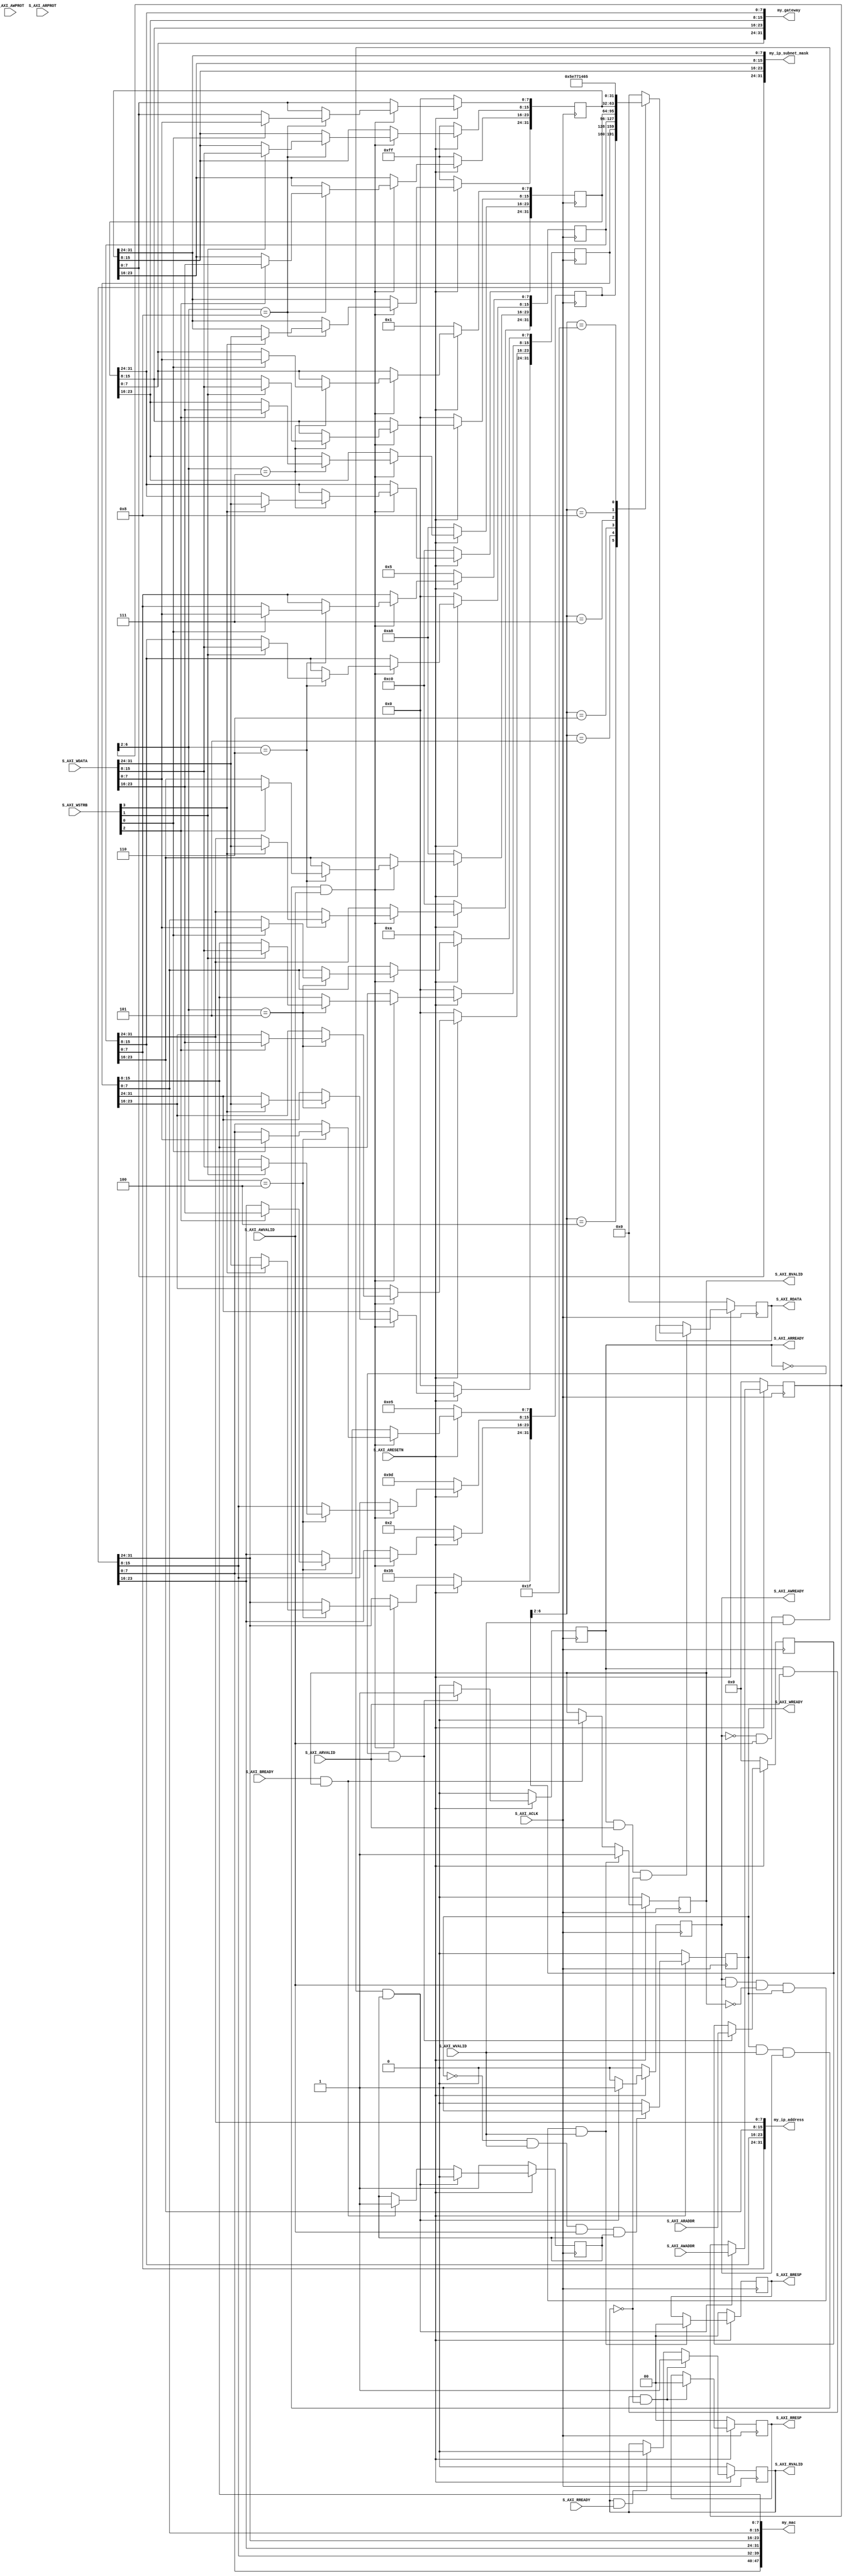
module interface_settings #(
    parameter integer MAC_16MSB = 32'h000A,         // Xilinx MAC
    parameter integer MAC_32LBS = 32'h35029DE5,     // Xilinx MAC
    parameter integer IP_ADDR   = 32'hC0A80005,     // 192.168.0.5
    parameter integer GT        = 32'hC0A80001,     // 192.168.0.1
    parameter integer MASK      = 32'hFFFFFF00,     // 255.255.255.0
    // Do not modify the parameters beyond this line
    // Width of S_AXI data bus
    localparam integer C_S_AXI_DATA_WIDTH   = 32,
    // Width of S_AXI address bus
    localparam integer C_S_AXI_ADDR_WIDTH   = 7)(
    
    // Global Clock Signal
(* X_INTERFACE_INFO = "xilinx.com:signal:clock:1.0 S_AXI_ACLK CLK" *)
(* X_INTERFACE_PARAMETER = "ASSOCIATED_BUSIF S_AXI, ASSOCIATED_RESET S_AXI_ARESETN" *)
    input  wire                                 S_AXI_ACLK   ,
(* X_INTERFACE_INFO = "xilinx.com:signal:reset:1.0 S_AXI_ARESETN RST" *)
(* X_INTERFACE_PARAMETER = "POLARITY ACTIVE_LOW" *) 
    // Global Reset Signal. This Signal is Active LOW
    input  wire                                 S_AXI_ARESETN,
    // Write address (issued by master, acceped by Slave)
    input wire [C_S_AXI_ADDR_WIDTH-1 : 0]       S_AXI_AWADDR,
    // Write channel Protection type. This signal indicates the
    // privilege and security level of the transaction, and whether
    // the transaction is a data access or an instruction access.
    input wire [2 : 0]                          S_AXI_AWPROT,
    // Write address valid. This signal indicates that the master signaling
    // valid write address and control information.
    input wire                                  S_AXI_AWVALID,
    // Write address ready. This signal indicates that the slave is ready
    // to accept an address and associated control signals.
    output wire                                 S_AXI_AWREADY,
    // Write data (issued by master, acceped by Slave) 
    input wire [C_S_AXI_DATA_WIDTH-1 : 0]       S_AXI_WDATA,
    // Write strobes. This signal indicates which byte lanes hold
    // valid data. There is one write strobe bit for each eight
    // bits of the write data bus.    
    input wire [(C_S_AXI_DATA_WIDTH/8)-1 : 0]   S_AXI_WSTRB,
    // Write valid. This signal indicates that valid write
    // data and strobes are available.
    input wire                                  S_AXI_WVALID,
    // Write ready. This signal indicates that the slave
    // can accept the write data.
    output wire                                 S_AXI_WREADY,
    // Write response. This signal indicates the status
    // of the write transaction.
    output wire [1 : 0]                         S_AXI_BRESP,
    // Write response valid. This signal indicates that the channel
    // is signaling a valid write response.
    output wire                                 S_AXI_BVALID,
    // Response ready. This signal indicates that the master
    // can accept a write response.
    input wire                                  S_AXI_BREADY,
    // Read address (issued by master, acceped by Slave)
    input wire [C_S_AXI_ADDR_WIDTH-1 : 0]       S_AXI_ARADDR,
    // Protection type. This signal indicates the privilege
    // and security level of the transaction, and whether the
    // transaction is a data access or an instruction access.
    input wire [2 : 0]                          S_AXI_ARPROT,
    // Read address valid. This signal indicates that the channel
    // is signaling valid read address and control information.
    input wire                                  S_AXI_ARVALID,
    // Read address ready. This signal indicates that the slave is
    // ready to accept an address and associated control signals.
    output wire                                 S_AXI_ARREADY,
    // Read data (issued by slave)
    output wire [C_S_AXI_DATA_WIDTH-1 : 0]      S_AXI_RDATA,
    // Read response. This signal indicates the status of the
    // read transfer.
    output wire [1 : 0]                         S_AXI_RRESP,
    // Read valid. This signal indicates that the channel is
    // signaling the required read data.
    output wire                                 S_AXI_RVALID,
    // Read ready. This signal indicates that the master can
    // accept the read data and response information.
    input wire                                  S_AXI_RREADY,

    output wire                 [31 : 0]        my_ip_address,
    output wire                 [31 : 0]        my_ip_subnet_mask,
    output wire                 [31 : 0]        my_gateway,
    output wire                 [47 : 0]        my_mac
);

    // AXI4LITE signals
    reg [C_S_AXI_ADDR_WIDTH-1 : 0]  axi_awaddr;
    reg                             axi_awready;
    reg                             axi_wready;
    reg [1 : 0]                     axi_bresp;
    reg                             axi_bvalid;
    reg [C_S_AXI_ADDR_WIDTH-1 : 0]  axi_araddr;
    reg                             axi_arready;
    reg [C_S_AXI_DATA_WIDTH-1 : 0]  axi_rdata;
    reg [1 : 0]                     axi_rresp;
    reg                             axi_rvalid;

    // Example-specific design signals
    // local parameter for addressing 32 bit / 64 bit C_S_AXI_DATA_WIDTH
    // ADDR_LSB is used for addressing 32/64 bit registers/memories
    // ADDR_LSB = 2 for 32 bits (n downto 2)
    // ADDR_LSB = 3 for 64 bits (n downto 3)
    localparam integer ADDR_LSB = (C_S_AXI_DATA_WIDTH/32) + 1;
    localparam integer OPT_MEM_ADDR_BITS = 4;
    //----------------------------------------------
    //-- Signals for user logic register space example
    //------------------------------------------------
    //-- Number of Slave Registers 32

    
    reg [C_S_AXI_DATA_WIDTH-1:0]    mac_address_msb = MAC_16MSB;
    reg [C_S_AXI_DATA_WIDTH-1:0]    mac_address_lsb = MAC_32LBS;
    reg [C_S_AXI_DATA_WIDTH-1:0]    ip_address      = IP_ADDR;
    reg [C_S_AXI_DATA_WIDTH-1:0]    gateway         = GT;
    reg [C_S_AXI_DATA_WIDTH-1:0]    ip_mask         = MASK;
    wire     slv_reg_rden;
    wire     slv_reg_wren;
    reg [C_S_AXI_DATA_WIDTH-1:0]     reg_data_out;
    integer  byte_index;
    reg  aw_en;

    // I/O Connections assignments

    assign S_AXI_AWREADY    = axi_awready;
    assign S_AXI_WREADY = axi_wready;
    assign S_AXI_BRESP  = axi_bresp;
    assign S_AXI_BVALID = axi_bvalid;
    assign S_AXI_ARREADY    = axi_arready;
    assign S_AXI_RDATA  = axi_rdata;
    assign S_AXI_RRESP  = axi_rresp;
    assign S_AXI_RVALID = axi_rvalid;
    // Implement axi_awready generation
    // axi_awready is asserted for one S_AXI_ACLK clock cycle when both
    // S_AXI_AWVALID and S_AXI_WVALID are asserted. axi_awready is
    // de-asserted when reset is low.

    always @( posedge S_AXI_ACLK ) begin
        if ( S_AXI_ARESETN == 1'b0 ) begin
            axi_awready <= 1'b0;
            aw_en <= 1'b1;
        end 
        else begin    
            if (~axi_awready && S_AXI_AWVALID && S_AXI_WVALID && aw_en) begin
                // slave is ready to accept write address when 
                // there is a valid write address and write data
                // on the write address and data bus. This design 
                // expects no outstanding transactions. 
                axi_awready <= 1'b1;
                aw_en <= 1'b0;
            end
            else if (S_AXI_BREADY && axi_bvalid) begin
                aw_en <= 1'b1;
                axi_awready <= 1'b0;
            end
            else begin
                axi_awready <= 1'b0;
            end
        end 
    end

    // Implement axi_awaddr latching
    // This process is used to latch the address when both 
    // S_AXI_AWVALID and S_AXI_WVALID are valid. 
    always @( posedge S_AXI_ACLK ) begin
        if ( S_AXI_ARESETN == 1'b0 ) begin
            axi_awaddr <= 0;
        end 
        else begin    
            if (~axi_awready && S_AXI_AWVALID && S_AXI_WVALID && aw_en) begin
                // Write Address latching 
                axi_awaddr <= S_AXI_AWADDR;
            end
        end 
    end

    // Implement axi_wready generation
    // axi_wready is asserted for one S_AXI_ACLK clock cycle when both
    // S_AXI_AWVALID and S_AXI_WVALID are asserted. axi_wready is 
    // de-asserted when reset is low. 
    always @( posedge S_AXI_ACLK ) begin
        if ( S_AXI_ARESETN == 1'b0 )begin
            axi_wready <= 1'b0;
        end 
        else begin    
            if (~axi_wready && S_AXI_WVALID && S_AXI_AWVALID && aw_en ) begin
                // slave is ready to accept write data when 
                // there is a valid write address and write data
                // on the write address and data bus. This design 
                // expects no outstanding transactions. 
                axi_wready <= 1'b1;
            end
            else begin
                axi_wready <= 1'b0;
            end
        end 
    end

    // Implement memory mapped register select and write logic generation
    // The write data is accepted and written to memory mapped registers when
    // axi_awready, S_AXI_WVALID, axi_wready and S_AXI_WVALID are asserted. Write strobes are used to
    // select byte enables of slave registers while writing.
    // These registers are cleared when reset (active low) is applied.
    // Slave register write enable is asserted when valid address and data are available
    // and the slave is ready to accept the write address and write data.
    assign slv_reg_wren = axi_wready && S_AXI_WVALID && axi_awready && S_AXI_AWVALID;

    always @( posedge S_AXI_ACLK ) begin
        if ( S_AXI_ARESETN == 1'b0) begin
            mac_address_msb   <= MAC_16MSB;
            mac_address_lsb   <= MAC_32LBS;
            ip_address        <= IP_ADDR;
            gateway           <= GT;
            ip_mask           <= MASK;
        end 
        else begin
            if (slv_reg_wren) begin
                case ( axi_awaddr[ADDR_LSB+OPT_MEM_ADDR_BITS:ADDR_LSB] )
                    5'h04:
                        for ( byte_index = 0; byte_index <= (C_S_AXI_DATA_WIDTH/8)-1; byte_index = byte_index+1 )
                            if ( S_AXI_WSTRB[byte_index] == 1 ) begin
                                // Respective byte enables are asserted as per write strobes 
                                // Slave register 0
                                mac_address_lsb[(byte_index*8) +: 8] <= S_AXI_WDATA[(byte_index*8) +: 8];
                    end  
                    5'h05:
                        for ( byte_index = 0; byte_index <= (C_S_AXI_DATA_WIDTH/8)-1; byte_index = byte_index+1 )
                            if ( S_AXI_WSTRB[byte_index] == 1 ) begin
                                // Respective byte enables are asserted as per write strobes 
                                // Slave register 1
                                mac_address_msb[(byte_index*8) +: 8] <= S_AXI_WDATA[(byte_index*8) +: 8];
                    end  
                    5'h06:
                        for ( byte_index = 0; byte_index <= (C_S_AXI_DATA_WIDTH/8)-1; byte_index = byte_index+1 )
                            if ( S_AXI_WSTRB[byte_index] == 1 ) begin
                                // Respective byte enables are asserted as per write strobes 
                                // Slave register 2
                                ip_address[(byte_index*8) +: 8] <= S_AXI_WDATA[(byte_index*8) +: 8];
                    end  
                    5'h07:
                        for ( byte_index = 0; byte_index <= (C_S_AXI_DATA_WIDTH/8)-1; byte_index = byte_index+1 )
                            if ( S_AXI_WSTRB[byte_index] == 1 ) begin
                                // Respective byte enables are asserted as per write strobes 
                                // Slave register 3
                                gateway[(byte_index*8) +: 8] <= S_AXI_WDATA[(byte_index*8) +: 8];
                    end  
                    5'h08:
                        for ( byte_index = 0; byte_index <= (C_S_AXI_DATA_WIDTH/8)-1; byte_index = byte_index+1 )
                            if ( S_AXI_WSTRB[byte_index] == 1 ) begin
                                // Respective byte enables are asserted as per write strobes 
                                // Slave register 4
                                ip_mask[(byte_index*8) +: 8] <= S_AXI_WDATA[(byte_index*8) +: 8];
                    end  
                    default : begin
                        mac_address_msb <= mac_address_msb;
                        mac_address_lsb <= mac_address_lsb;
                        ip_address <= ip_address;
                        gateway <= gateway;
                        ip_mask <= ip_mask;
                    end
                endcase
            end
      end
    end

    // Implement write response logic generation
    // The write response and response valid signals are asserted by the slave 
    // when axi_wready, S_AXI_WVALID, axi_wready and S_AXI_WVALID are asserted.  
    // This marks the acceptance of address and indicates the status of 
    // write transaction.
    always @( posedge S_AXI_ACLK ) begin
        if ( S_AXI_ARESETN == 1'b0 ) begin
            axi_bvalid  <= 0;
            axi_bresp   <= 2'b0;
        end 
        else begin    
            if (axi_awready && S_AXI_AWVALID && ~axi_bvalid && axi_wready && S_AXI_WVALID) begin
                // indicates a valid write response is available
                axi_bvalid <= 1'b1;
                axi_bresp  <= 2'b0; // 'OKAY' response 
            end                   // work error responses in future
            else begin
                if (S_AXI_BREADY && axi_bvalid) begin
                    //check if bready is asserted while bvalid is high) 
                    //(there is a possibility that bready is always asserted high)   
                    axi_bvalid <= 1'b0; 
                end  
            end
        end
    end   

    // Implement axi_arready generation
    // axi_arready is asserted for one S_AXI_ACLK clock cycle when
    // S_AXI_ARVALID is asserted. axi_awready is 
    // de-asserted when reset (active low) is asserted. 
    // The read address is also latched when S_AXI_ARVALID is 
    // asserted. axi_araddr is reset to zero on reset assertion.
    always @( posedge S_AXI_ACLK ) begin
        if ( S_AXI_ARESETN == 1'b0 ) begin
            axi_arready <= 1'b0;
            axi_araddr  <= 32'b0;
        end 
        else begin    
            if (~axi_arready && S_AXI_ARVALID) begin
                // indicates that the slave has acceped the valid read address
                axi_arready <= 1'b1;
                // Read address latching
                axi_araddr  <= S_AXI_ARADDR;
            end
            else begin
                axi_arready <= 1'b0;
            end
        end 
    end

    // Implement axi_arvalid generation
    // axi_rvalid is asserted for one S_AXI_ACLK clock cycle when both 
    // S_AXI_ARVALID and axi_arready are asserted. The slave registers 
    // data are available on the axi_rdata bus at this instance. The 
    // assertion of axi_rvalid marks the validity of read data on the 
    // bus and axi_rresp indicates the status of read transaction.axi_rvalid 
    // is deasserted on reset (active low). axi_rresp and axi_rdata are 
    // cleared to zero on reset (active low).  
    always @( posedge S_AXI_ACLK ) begin
        if ( S_AXI_ARESETN == 1'b0 ) begin
            axi_rvalid <= 0;
            axi_rresp  <= 0;
        end 
        else begin
            if (axi_arready && S_AXI_ARVALID && ~axi_rvalid) begin
                // Valid read data is available at the read data bus
                axi_rvalid <= 1'b1;
                axi_rresp  <= 2'b0; // 'OKAY' response
            end   
            else if (axi_rvalid && S_AXI_RREADY) begin
                // Read data is accepted by the master
                axi_rvalid <= 1'b0;
            end                
        end
    end

    // Implement memory mapped register select and read logic generation
    // Slave register read enable is asserted when valid address is available
    // and the slave is ready to accept the read address.
    assign slv_reg_rden = axi_arready & S_AXI_ARVALID & ~axi_rvalid;
    always @(*) begin
        // Address decoding for reading registers
        case ( axi_araddr[ADDR_LSB+OPT_MEM_ADDR_BITS:ADDR_LSB] )
            5'h00   : reg_data_out <= 32'h0;
            5'h04   : reg_data_out <= mac_address_lsb;
            5'h05   : reg_data_out <= mac_address_msb;
            5'h06   : reg_data_out <= ip_address;
            5'h07   : reg_data_out <= gateway;
            5'h08   : reg_data_out <= ip_mask;
            5'h1F   : reg_data_out <= 32'h5E771465; // SETTINGS 
            default : reg_data_out <= 32'h0;
        endcase
    end

    // Output register or memory read data
    always @( posedge S_AXI_ACLK ) begin
        if ( S_AXI_ARESETN == 1'b0 ) begin
            axi_rdata  <= 0;
        end 
        else begin    
            // When there is a valid read address (S_AXI_ARVALID) with 
            // acceptance of read address by the slave (axi_arready), 
            // output the read dada 
            if (slv_reg_rden) begin
                axi_rdata <= reg_data_out;     // register read data
            end
        end
    end

    // Add user logic here
    assign my_ip_address       = {ip_address[7:0],ip_address[15:8],ip_address[23:16],ip_address[31:24]};
    assign my_ip_subnet_mask   = {ip_mask[7:0],ip_mask[15:8],ip_mask[23:16],ip_mask[31:24]};
    assign my_gateway          = {gateway[7:0],gateway[15:8],gateway[23:16],gateway[31:24]};

    assign my_mac              = {mac_address_lsb[7:0],mac_address_lsb[15:8],mac_address_lsb[23:16],mac_address_lsb[31:24],mac_address_msb[7:0],mac_address_msb[15:8]};
    // User logic ends

    endmodule